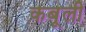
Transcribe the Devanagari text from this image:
कबूली